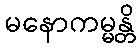
မနောကမ္မန္တိ